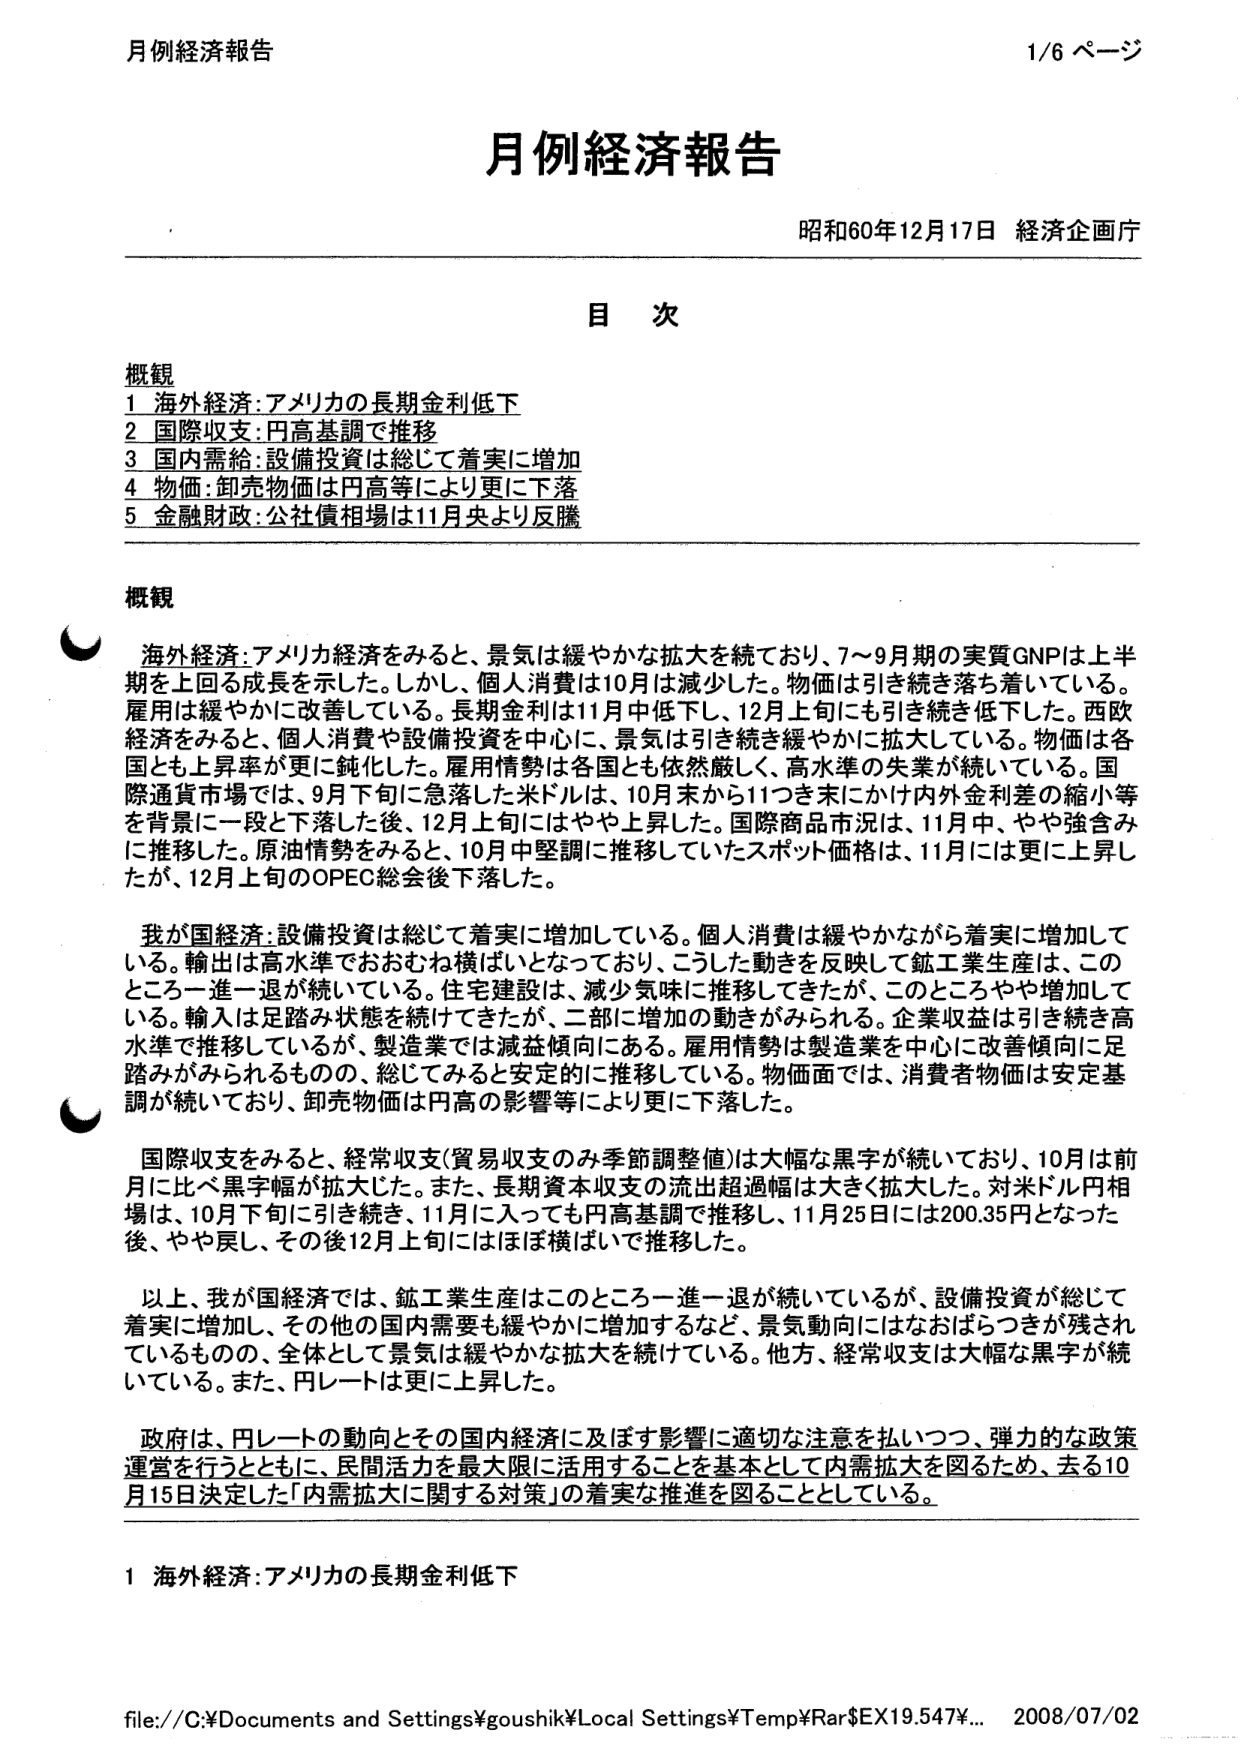
月例経済報告
1/6 ページ

月例経済報告
昭和60年12月17日 経済企画庁

目 次

概観
1 海外経済：アメリカの長期金利低下
2 国際収支：円高基調で推移
3 国内需給：設備投資は総じて着実に増加
4 物価：卸売物価は円高等により更に下落
5 金融財政：公社債相場は11月央より反騰

概観

海外経済：アメリカ経済をみると、景気は緩やかな拡大を続けており、7～9月期の実質GNPは上半期を上回る成長を示した。しかし、個人消費は10月は減少した。物価は引き続き落ち着いている。雇用は緩やかに改善している。長期金利は11月中低下し、12月上旬にも引き続き低下した。西欧経済をみると、個人消費や設備投資を中心に、景気は引き続き緩やかに拡大している。物価は各国とも上昇率が更に鈍化した。雇用情勢は各国とも依然厳しく、高水準の失業が続いている。国際通貨市場では、9月下旬に急落した米ドルは、10月末から11つき末にかけ内外金利差の縮小等を背景に一段と下落した後、12月上旬にはやや上昇した。国際商品市況は、11月中、やや強含みに推移した。原油情勢をみると、10月中堅調に推移していたスポット価格は、11月には更に上昇したが、12月上旬のOPEC総会後下落した。

我が国経済：設備投資は総じて着実に増加している。個人消費は緩やかながら着実に増加している。輸出は高水準でおおむね横ばいとなっており、こうした動きを反映して鉱工業生産は、このところ一進一退が続いている。住宅建設は、減少気味に推移してきたが、このところやや増加している。輸入は足踏み状態を続けてきたが、二部に増加の動きがみられる。企業収益は引き続き高水準で推移しているが、製造業では減益傾向にある。雇用情勢は製造業を中心に改善傾向に足踏みがみられるものの、総じてみると安定的に推移している。物価面では、消費者物価は安定基調が続いており、卸売物価は円高の影響等により更に下落した。

国際収支をみると、経常収支（貿易収支のみ季節調整値）は大幅な黒字が続いており、10月は前月に比べ黒字幅が拡大した。また、長期資本収支の流出超過幅は大きく拡大した。対米ドル円相場は、10月下旬に引き続き、11月に入っても円高基調で推移し、11月25日には200.35円となった後、やや戻し、その後12月上旬にはほぼ横ばいで推移した。

以上、我が国経済では、鉱工業生産はこのところ一進一退が続いているが、設備投資が総じて着実に増加し、その他の国内需要も緩やかに増加するなど、景気動向にはなおばらつきが残されているものの、全体として景気は緩やかな拡大を続けている。他方、経常収支は大幅な黒字が続いている。また、円レートは更に上昇した。

政府は、円レートの動向とその国内経済に及ぼす影響に適切な注意を払いつつ、弾力的な政策運営を行うとともに、民間活力を最大限に活用することを基本として内需拡大を図るため、去る10月15日決定した「内需拡大に関する対策」の着実な推進を図ることとしている。

1 海外経済：アメリカの長期金利低下

file://C:¥Documents and Settings¥goushik¥Local Settings¥Temp¥Rar$EX19.547¥... 2008/07/02